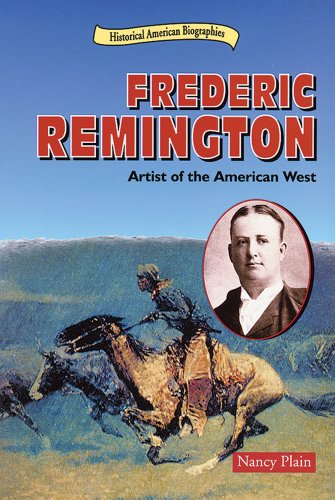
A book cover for Frederic Remington: Artist of the American West (Historical American Biographies); Nancy Plain; Teen & Young Adult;